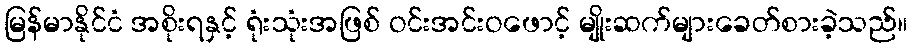
မြန်မာနိုင်ငံ အစိုးရနှင့် ရုံးသုံးအဖြစ် ဝင်းအင်းဝဖောင့် မျိုးဆက်များခေတ်စားခဲ့သည်။